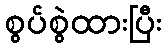
စွပ်စွဲထားပြီး